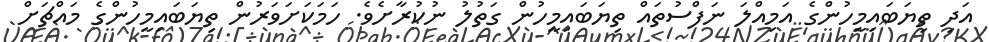
އަދި ތިޔަބައިމީހުންގެ އަމިއްލަ ނަފްސުތައް ތިޔަބައިމީހުން ގަތުލު ނުކުރާށެވެ. ހަމަކަށަވަރުން ތިޔަބައިމީހުންގެ މައްޗަށް